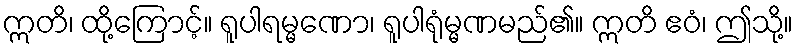
ဣတိ၊ ထို့ကြောင့်။ ရူပါရမ္မဏော၊ ရူပါရုံမ္မဏမည်၏။ ဣတိ ဧဝံ၊ ဤသို့။